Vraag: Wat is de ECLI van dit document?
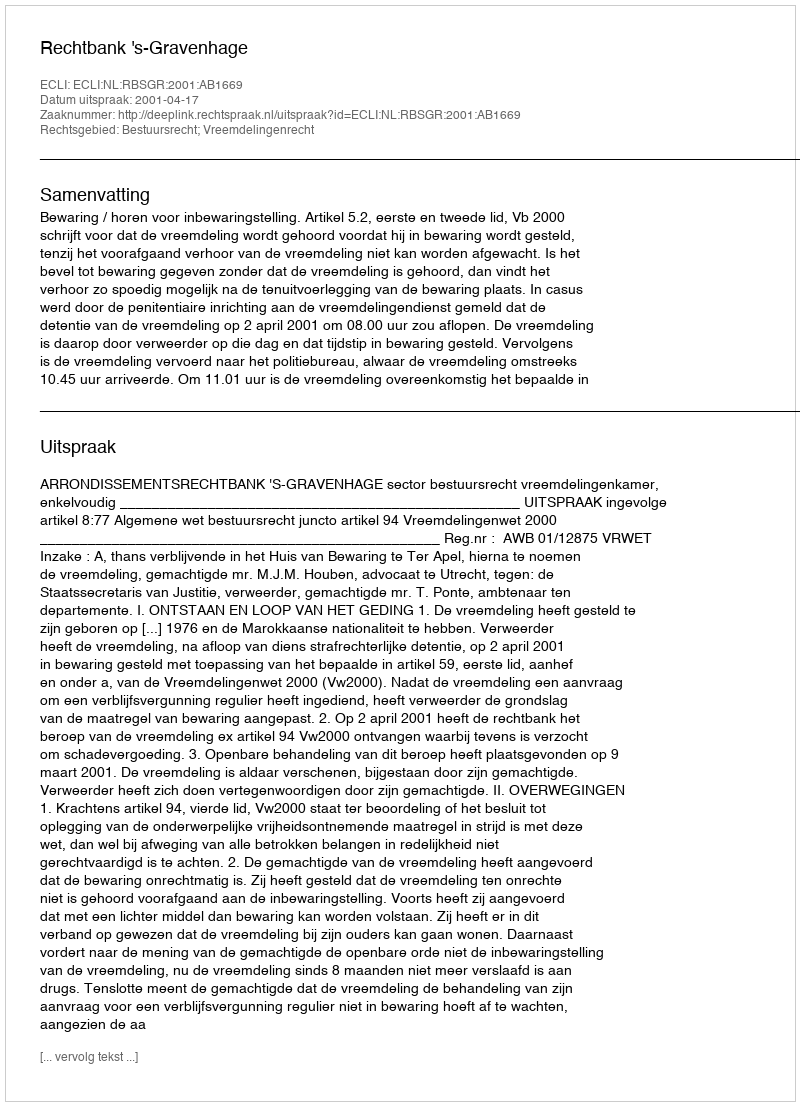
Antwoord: ECLI:NL:RBSGR:2001:AB1669